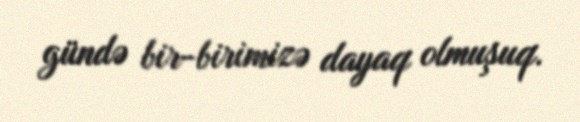
gündə bir-birimizə dayaq olmuşuq.